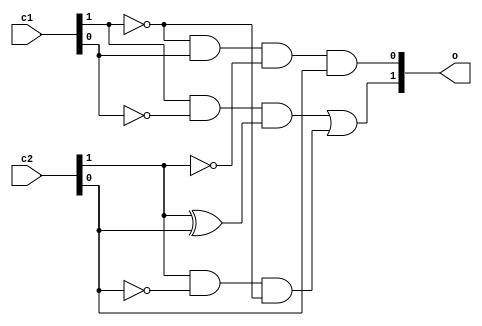
module Generator(c1,c2,o);

input [1:0] c1,c2;
output [1:0] o;
reg [1:0] o;

always @(c1 or c2)
begin
o[0] = (!c1[1]) & c1[0] & (!(c2[1])) & c2[0];
o[1] = ((c1[1] & (!c1[0])) & (c2[1] ^ c2[0])) | (c2[1] & (!c2[0]) & (!c1[1])) ;  
end
endmodule